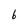
Character: b